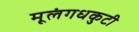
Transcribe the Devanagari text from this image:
मूलंगधकुटी